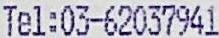
TEL:03-62037941